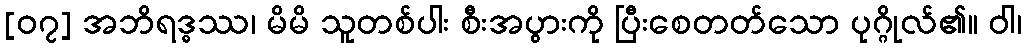
[၀၇] အဘိရဒ္ဓဿ၊ မိမိ သူတစ်ပါး စီးအပွားကို ပြီးစေတတ်သော ပုဂ္ဂိုလ်၏။ ဝါ၊